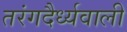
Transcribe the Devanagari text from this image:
तरंगदैर्ध्यवाली